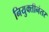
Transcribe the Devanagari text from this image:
नियुक्तीनंतर